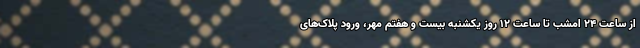
از ساعت ۲۴ امشب تا ساعت ۱۲ روز یکشنبه بیست و هفتم مهر، ورود پلاک‌های